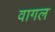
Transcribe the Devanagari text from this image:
वागल